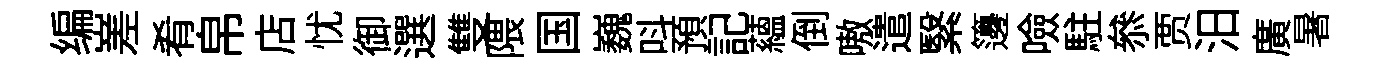
编嵳肴帛店忧御選雙隈国巍呌預記蘊倒嗷遣繄籩噞駐叅贾汨廣暑